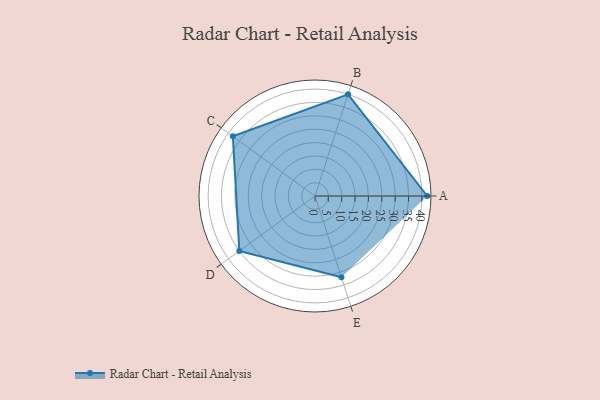
{"axis": {"x": "Skill", "y": "Score"}, "legend": ["Profile"], "data": [{"x": "A", "y": 42.0, "type": "Profile"}, {"x": "B", "y": 40.0, "type": "Profile"}, {"x": "C", "y": 38.0, "type": "Profile"}, {"x": "D", "y": 35.0, "type": "Profile"}, {"x": "E", "y": 32.0, "type": "Profile"}]}